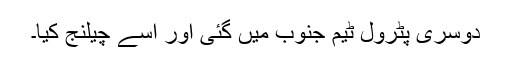
دوسری پٹرول ٹیم جنوب میں گئی اور اسے چیلنج کیا۔